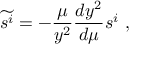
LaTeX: \widetilde { s ^ { i } } = - { \frac { \mu } { y ^ { 2 } } } { \frac { d y ^ { 2 } } { d \mu } } s ^ { i } \ ,